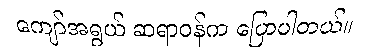
ကျော်အရွယ် ဆရာဝန်က ပြောပါတယ်။